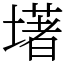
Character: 墸